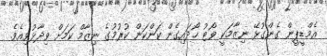
އެމްޑީޕީން ގެންގުޅޭ ނިޒާމަކީ ވޯޓު ހޯދައިގެން ކަންކަން ކުރުމުގެ ނިޒާމް ކަމަށް ވިދާޅުވިއެވެ.